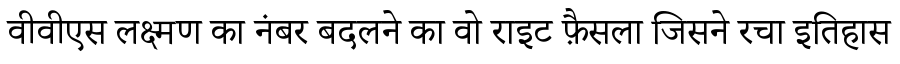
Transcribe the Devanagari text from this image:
वीवीएस लक्ष्मण का नंबर बदलने का वो राइट फ़ैसला जिसने रचा इतिहास